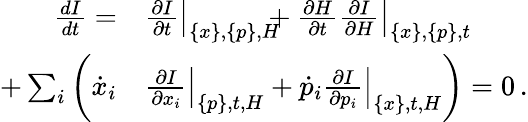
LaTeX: \begin{array}{rl}{\frac{dI}{dt}=}&{{}\left.\frac{\partial I}{\partial t}\right|_{\{ x\} ,\{ p\} ,H}\! \! \! \! +\left.\frac{\partial H}{\partial t}\frac{\partial I}{\partial H}\right|_{\{ x\} ,\{ p\} ,t}}\\ {+\sum_{i}\bigg(\dot{x}_{i}}&{{}\left.\frac{\partial I}{\partial x_{i}}\right|_{\{ p\} ,t,H}+\dot{p}_{i}\left.\frac{\partial I}{\partial p_{i}}\right|_{\{ x\} ,t,H}\bigg)=0\, .}\end{array}